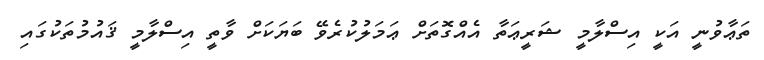
ތަޢާވުނީ އަކީ އިސްލާމީ ޝަރީޢަތާ އެއްގޮތަށް ޢަމަލުކުރެވޭ ބަޔަކަށް ވާތީ އިސްލާމީ ޤައުމުތަކުގައި